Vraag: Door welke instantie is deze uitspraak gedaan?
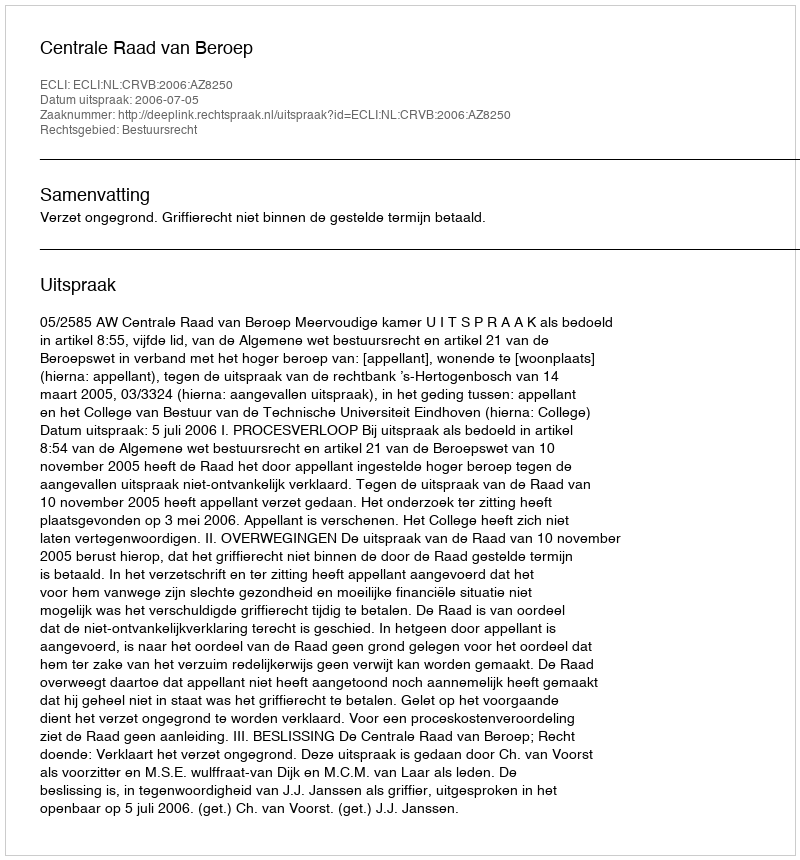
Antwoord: Centrale Raad van Beroep